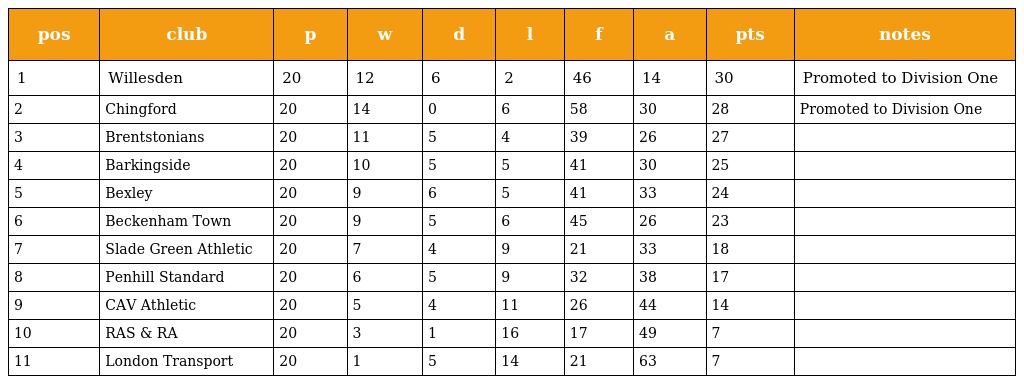
| pos | club | p | w | d | l | f | a | pts | notes |
 | --- | --- | --- | --- | --- | --- | --- | --- | --- | --- |
 | 1 | Willesden | 20 | 12 | 6 | 2 | 46 | 14 | 30 | Promoted to Division One |
 | 2 | Chingford | 20 | 14 | 0 | 6 | 58 | 30 | 28 | Promoted to Division One |
 | 3 | Brentstonians | 20 | 11 | 5 | 4 | 39 | 26 | 27 |  |
 | 4 | Barkingside | 20 | 10 | 5 | 5 | 41 | 30 | 25 |  |
 | 5 | Bexley | 20 | 9 | 6 | 5 | 41 | 33 | 24 |  |
 | 6 | Beckenham Town | 20 | 9 | 5 | 6 | 45 | 26 | 23 |  |
 | 7 | Slade Green Athletic | 20 | 7 | 4 | 9 | 21 | 33 | 18 |  |
 | 8 | Penhill Standard | 20 | 6 | 5 | 9 | 32 | 38 | 17 |  |
 | 9 | CAV Athletic | 20 | 5 | 4 | 11 | 26 | 44 | 14 |  |
 | 10 | RAS & RA | 20 | 3 | 1 | 16 | 17 | 49 | 7 |  |
 | 11 | London Transport | 20 | 1 | 5 | 14 | 21 | 63 | 7 |  |